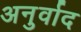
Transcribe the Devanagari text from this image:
अनुर्वाद